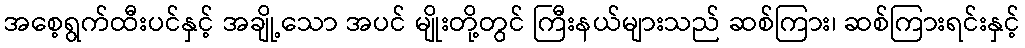
အစေ့ရွက်ထီးပင်နှင့် အချို့သော အပင် မျိုးတို့တွင် ကြီးနယ်များသည် ဆစ်ကြား၊ ဆစ်ကြားရင်းနှင့်